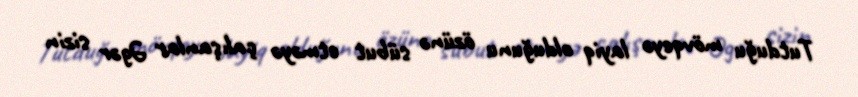
Tutduğu mövqeyə layiq olduğunu özünə sübut etməyə çalışanlar Əgər sizin